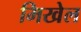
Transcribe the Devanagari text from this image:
मिखेल